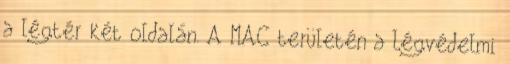
a légtér két oldalán. A MAC területén a Légvédelmi